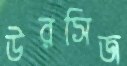
উরসিজ